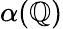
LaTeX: \alpha(\mathbb{Q})